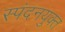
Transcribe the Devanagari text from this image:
स्पंदनयुक्त